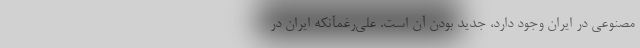
مصنوعی در ایران وجود دارد، جدید بودن آن است. علی‌رغمآنکه ایران در